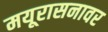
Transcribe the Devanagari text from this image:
मयूरासनावर